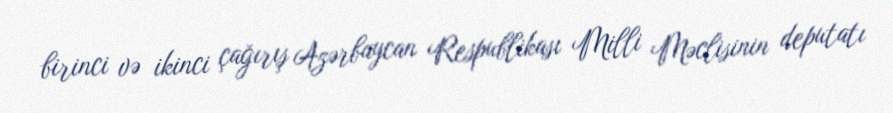
birinci və ikinci çağırış Azərbaycan Respublikası Milli Məclisinin deputatı